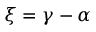
\xi = \gamma - \alpha